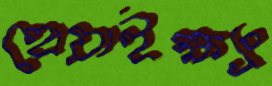
হোয়াইক্ষ্যং